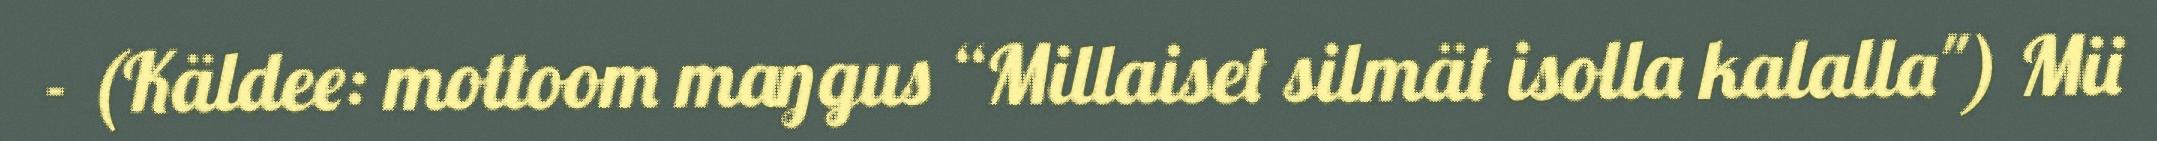
- (Käldee: mottoom maŋgus “Millaiset silmät isolla kalalla") Mii